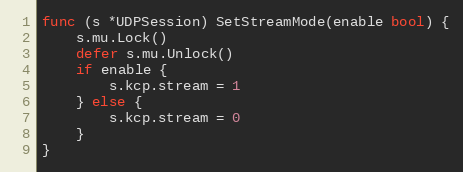
Language: Go
func (s *UDPSession) SetStreamMode(enable bool) {
	s.mu.Lock()
	defer s.mu.Unlock()
	if enable {
		s.kcp.stream = 1
	} else {
		s.kcp.stream = 0
	}
}